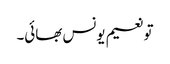
تو نعیم یونس بھائی۔